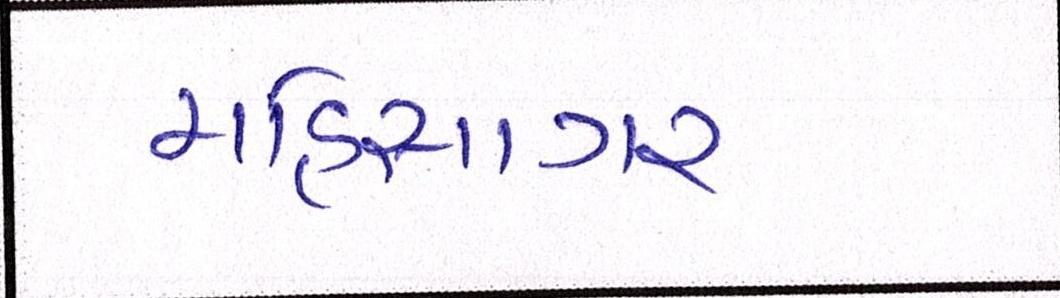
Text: મહિસાગર